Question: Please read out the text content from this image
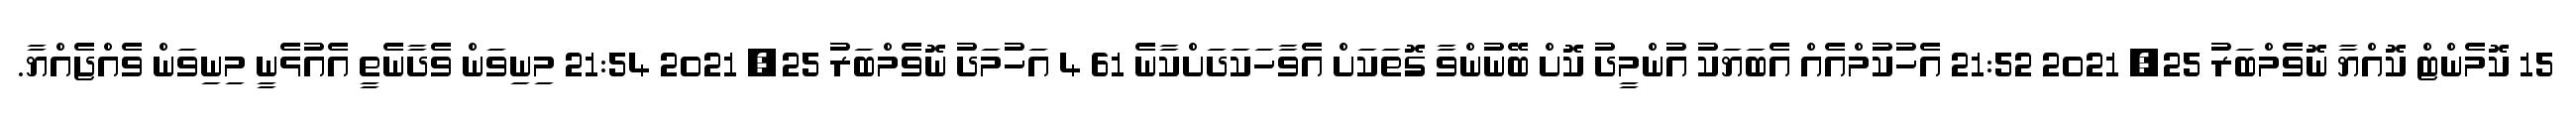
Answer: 15 ކޮމެންޓް ކޮއްޔާ ނޮވެމްބަރު 25, 2021 21:52 އެހުކުމްއެއް އެބަޔަކު އުންމީދު ކޮށް ބޭނުންވާ ގޮތަކަށް އެވާހަކަދަށްކާނެ 61 4 އަހުމަދު ނޮވެމްބަރު 25, 2021 21:54 މިނިވަން ވެދާނެތީ އެއުޅެނީ މިނިވަން ވެއްޖެއްޔާ.